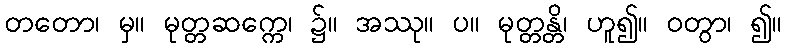
တတော၊ မှ။ မုတ္တဆက္ကေ၊ ၌။ အဿု။ ပ။ မုတ္တန္တိ၊ ဟူ၍။ ဝတွာ၊ ၍။